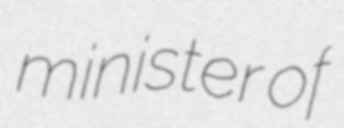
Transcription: minister of